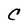
Character: C